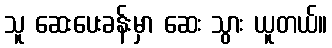
သူ ဆေးပေးခန်းမှာ ဆေး သွား ယူတယ်။